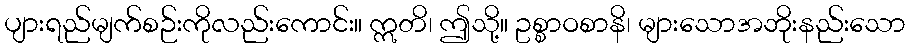
ပျားရည်မျက်စဉ်းကိုလည်းကောင်း။ ဣတိ၊ ဤသို့။ ဥစ္စာဝစာနိ၊ များသောအဘိုးနည်းသော